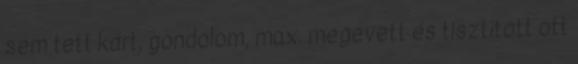
sem tett kárt, gondolom, max. megevett és tisztított ott